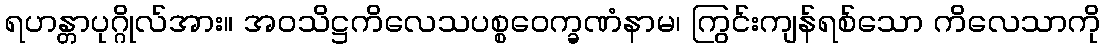
ရဟန္တာပုဂ္ဂိုလ်အား။ အဝသိဋ္ဌကိလေသပစ္စဝေက္ခဏံနာမ၊ ကြွင်းကျန်ရစ်သော ကိလေသာကို